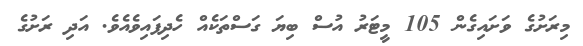
މިރަށުގެ ވަށައިގެން 105 މީޓަރު އުސް ބިޔަ ގަސްތަކެއް ހެދިފައިވެއެވެ. އަދި ރަށުގެ